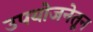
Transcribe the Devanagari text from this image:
उपयोजनेतून